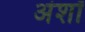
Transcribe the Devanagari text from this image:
अंशॉ